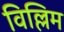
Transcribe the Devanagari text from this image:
विल्लिम